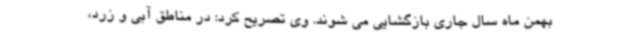
بهمن ماه سال جاری بازگشایی می شوند. وی تصریح کرد: در مناطق آبی و زرد،